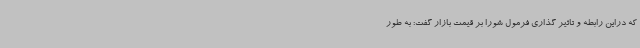
که دراین رابطه و تاثیر گذاری فرمول شورا بر قیمت بازار گفت: به طور